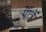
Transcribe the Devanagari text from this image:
पात्रें